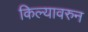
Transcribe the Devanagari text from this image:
किल्यावरुन